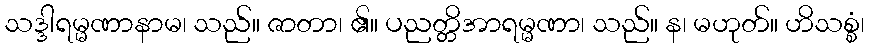
သဒ္ဒါရမ္မဏာနာမ၊ သည်။ ဇာတာ၊ ၏။ ပညတ္တိအာရမ္မဏာ၊ သည်။ န၊ မဟုတ်။ ဟိသစ္စံ၊